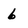
Character: 6